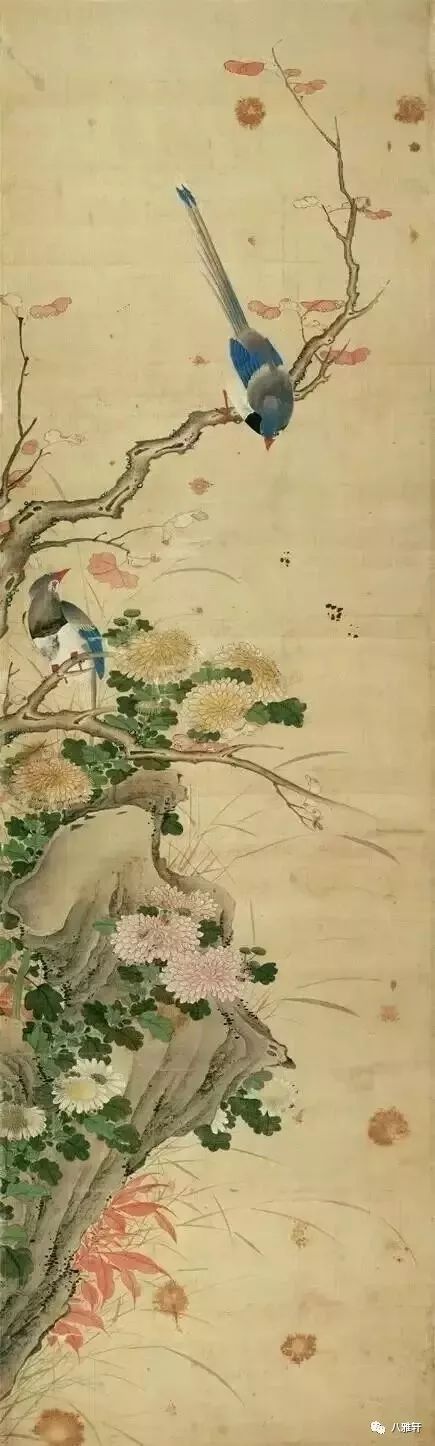
何事吟余忽惆怅，村桥原树似吾乡。